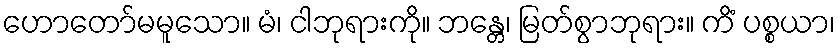
ဟောတော်မမူသော။ မံ၊ ငါဘုရားကို။ ဘန္တေ၊ မြတ်စွာဘုရား။ ကိံ ပစ္စယာ၊